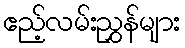
ဧည့်လမ်းညွှန်များ